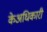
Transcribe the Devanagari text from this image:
केअधिकारी